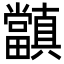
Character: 𭻺